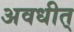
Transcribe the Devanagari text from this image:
अवधीत्‌